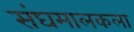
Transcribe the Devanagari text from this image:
संघमालकला